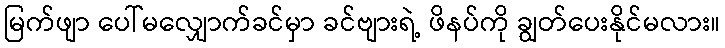
မြက်ဖျာ ပေါ်မလျှောက်ခင်မှာ ခင်ဗျားရဲ့ ဖိနပ်ကို ချွတ်ပေးနိုင်မလား။